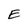
Character: E